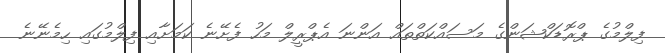
ފިލްމުގެ ޕްރޮޑަކްޝަންގެ މަަސައްކަތްތައް އަންނަ އެޕްރީލް މަހު ފެށޭނެ ކަމަށާއި ފިލްމުގައި ހިމެނޭނެ